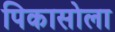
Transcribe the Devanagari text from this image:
पिकासोला